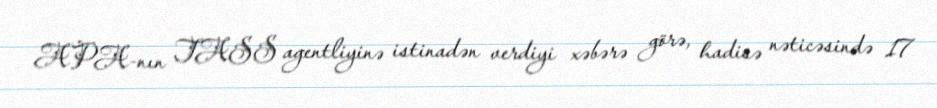
APA-nın TASS agentliyinə istinadən verdiyi xəbərə görə, hadisə nəticəsində 17